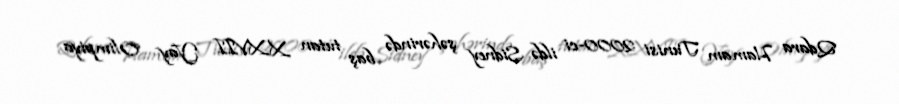
Qdara Hamam Tunisi 2000-ci ildə Sidney şəhərində baş tutan XXVII Yay Olimpiya